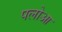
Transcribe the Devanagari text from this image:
पलोआ